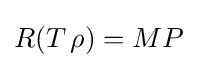
R(T\,\rho )=MP